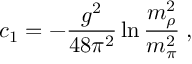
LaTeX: c _ { 1 } = - \frac { g ^ { 2 } } { 4 8 \pi ^ { 2 } } \ln { \frac { m _ { \rho } ^ { 2 } } { m _ { \pi } ^ { 2 } } } \; ,